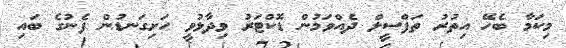
މިކަމާ ބެހޭ އިތުރު ތަފްސީލް ދެއްވަމުން ޑޮކްޓަރު ވިދާޅުވީ ހަށިގަނޑުން ފެނުގެ ބައި